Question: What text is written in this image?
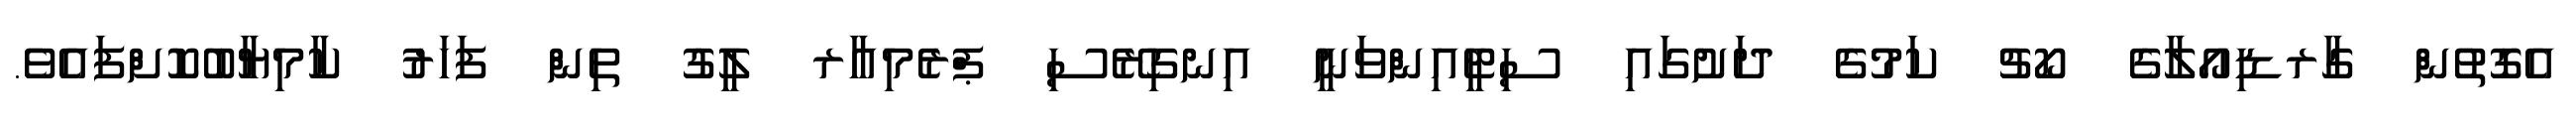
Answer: އެގޮތުން ގާރޑިއޯލާގެ ކޯޗު ކަމުގެ ދަށުގައި ސިޓީއިންވަނީ އިނގިރޭސި ޕްރެމިއާރ ލީގު ތިން ފަހަރު ކާމިޔާބުކޮށްފައެވެ.